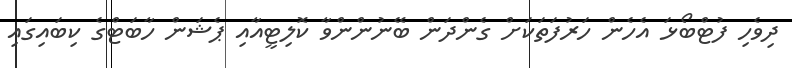
ދިވެހި ފުޓްބޯޅަ އެހެން ހަރުފަތަކަށް ގެންދަން ބޭނުންންވާ ކޮލިޓީއާއި ޕެޝަން ހާބަޓްގެ ކިބައިގައި